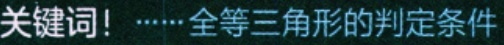
关键词！……全等三角形的判定条件